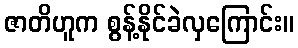
ဇာတိဟူက စွန့်နိုင်ခဲလှကြောင်း။